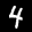
Label: 4